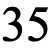
35